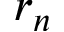
r _ { n }